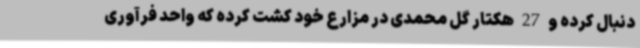
دنبال کرده و 27 هکتار گل محمدی در مزارع خود کشت کرده که واحد فرآوری